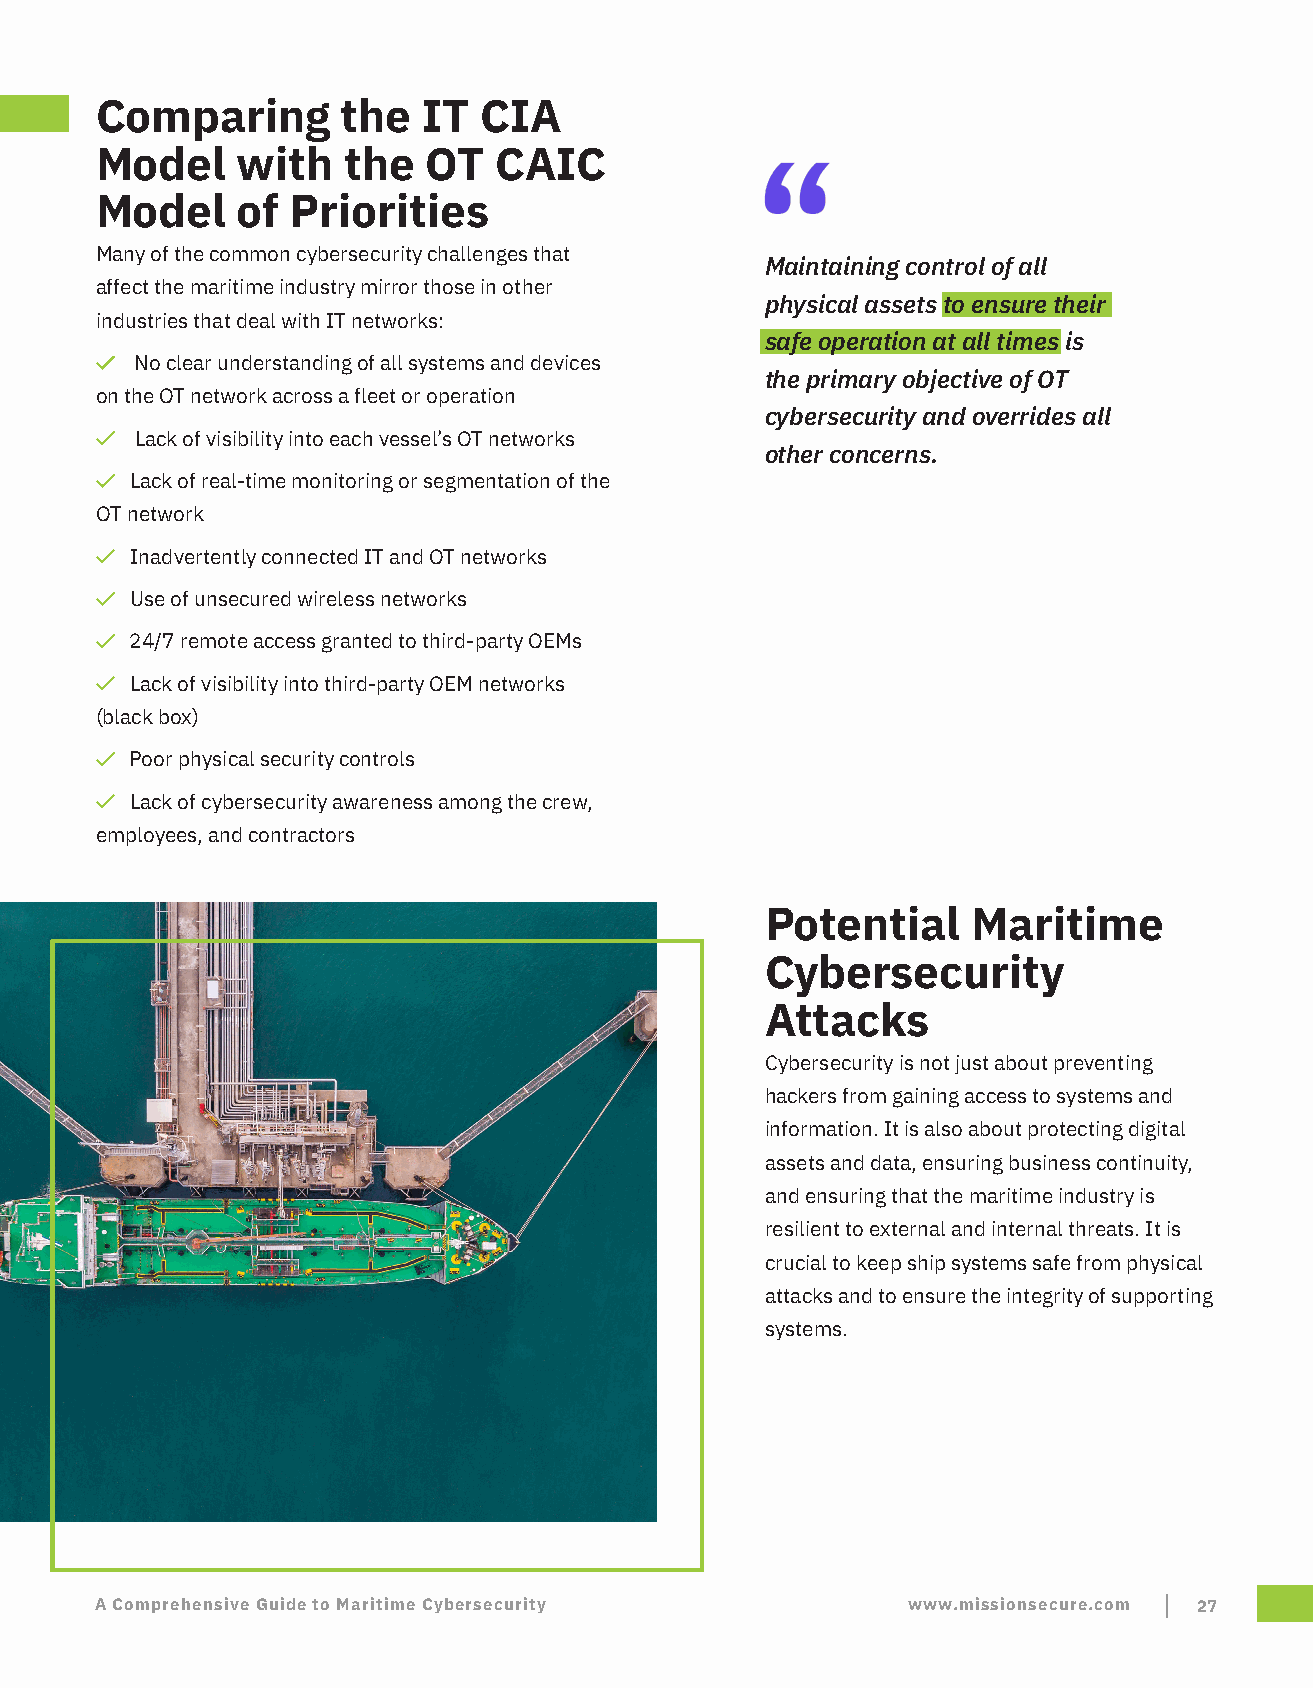
Comparing        the  IT  CIA
 Model     with   the  OT   CAIC
 Model     of Priorities
 Many of the common cybersecurity challenges that
 Maintaining control of all
 affect the maritime industry mirror those in other
 physical assets to ensure their
 industries that deal with IT networks:
 safe operation at all times is
 No clear understanding of all systems and devices
 the primary objective of OT
 on the OT network across a fleet or operation
 cybersecurity and overrides all
 Lack of visibility into each vessel’s OT networks
 other concerns.
 Lack of real-time monitoring or segmentation of the
 OT network
 Inadvertently connected IT and OT networks
 Use of unsecured wireless networks
 24/7 remote access granted to third-party OEMs
 Lack of visibility into third-party OEM networks
 (black box)
 Poor physical security controls
 Lack of cybersecurity awareness among the crew,
 employees, and contractors
 Potential    Maritime
 Cybersecurity
 Attacks
 Cybersecurity is not just about preventing
 hackers from gaining access to systems and
 information. It is also about protecting digital
 assets and data, ensuring business continuity,
 and ensuring that the maritime industry is
 resilient to external and internal threats. It is
 crucial to keep ship systems safe from physical
 attacks and to ensure the integrity of supporting
 systems.
 A Comprehensive Guide to Maritime Cybersecurity       www.missionsecure.com 27